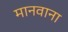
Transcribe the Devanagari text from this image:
मानवाना